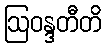
ဩဝန္ဒတီတိ